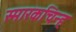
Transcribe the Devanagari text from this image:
स्मारकचिन्ह